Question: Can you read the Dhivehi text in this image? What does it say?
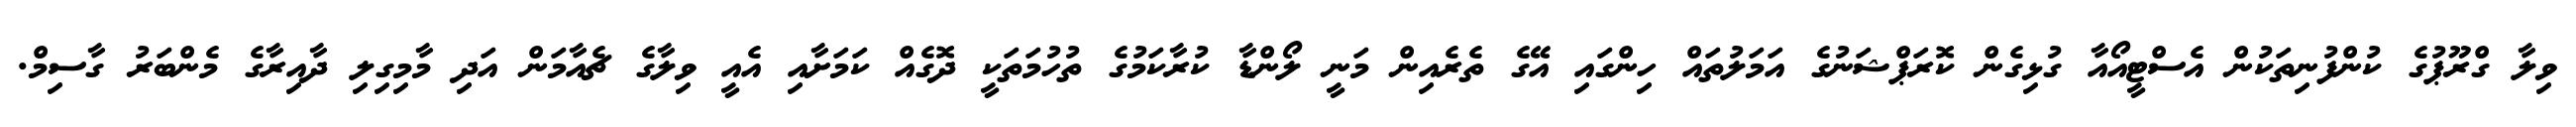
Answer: ވިލާ ގްރޫޕުގެ ކުންފުނިތަކުން އެސްޓީއޯއާ ގުޅިގެން ކޮރަޕްޝަނުގެ އަމަލުތައް ހިންގައި އޭގެ ތެރެއިން މަނީ ލޯންޑާ ކުރާކަމުގެ ތުހުމަތަކީ ދޮގެއް ކަމަށާއި އެއީ ވިލާގެ ޗެއާމަން އަދި މާމިގިލި ދާއިރާގެ މެންބަރު ގާސިމް.